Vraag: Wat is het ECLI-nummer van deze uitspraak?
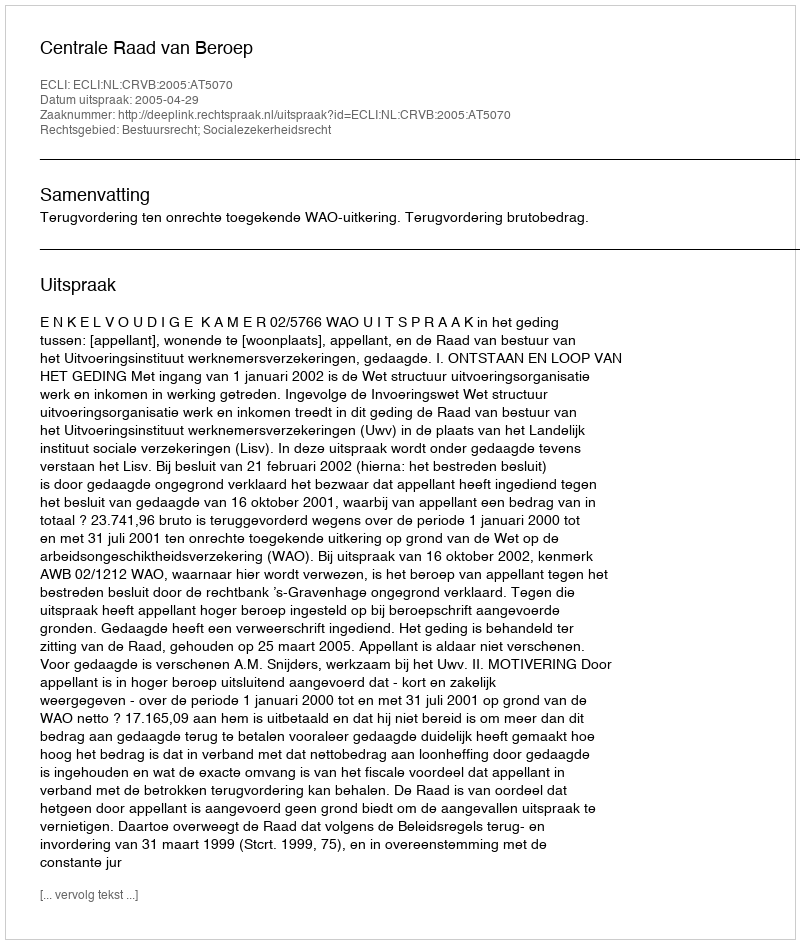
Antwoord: ECLI:NL:CRVB:2005:AT5070